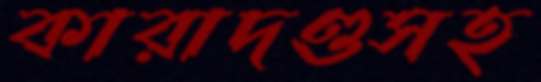
কারাদণ্ডসহ